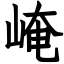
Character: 崦